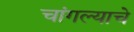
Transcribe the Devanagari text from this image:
चांगल्याचे